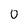
Character: 0